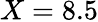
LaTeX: X=8.5